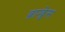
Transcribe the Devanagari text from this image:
ब्रान्ड्वेस